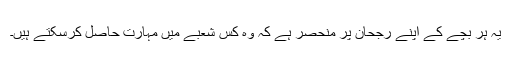
یہ ہر بچے کے اپنے رجحان پر منحصر ہے کہ وہ کس شعبے میں مہارت حاصل کرسکتے ہیں۔